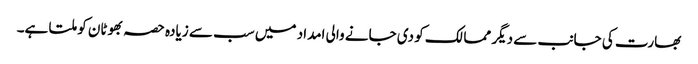
بھارت کی جانب سے دیگر ممالک کو دی جانے والی امداد میں سب سے زیادہ حصہ بھوٹان کو ملتا ہے۔